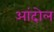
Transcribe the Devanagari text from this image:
आंदोल